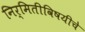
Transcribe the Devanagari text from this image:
निर्मितीविषयीचे